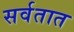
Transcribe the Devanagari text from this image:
सर्वतात